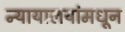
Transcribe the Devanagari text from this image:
न्यायालयांमधून